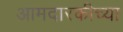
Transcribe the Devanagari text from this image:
आमदारकीच्या